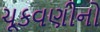
ચૂકવણીનો